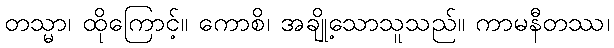
တသ္မာ၊ ထိုကြောင့်။ ကောစိ၊ အချို့သောသူသည်။ ကာမနီတဿ၊